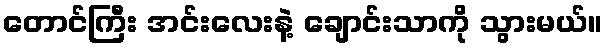
တောင်ကြီး အင်းလေးနဲ့ ချောင်းသာကို သွားမယ်။